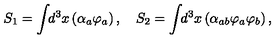
S _ { 1 } = \int \! \! d ^ { 3 } x \left( \alpha _ { a } \varphi _ { a } \right) , \quad S _ { 2 } = \int \! \! d ^ { 3 } x \left( \alpha _ { a b } \varphi _ { a } \varphi _ { b } \right) ,